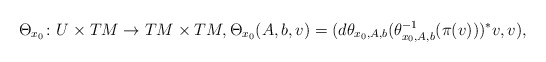
\begin{align*} \Theta_{x_0}\colon U\times TM\to TM\times TM, \Theta_{x_0}(A,b,v) = (d\theta_{x_0,A,b}(\theta_{x_0,A,b}^{-1}(\pi(v)))^*v,v),\end{align*}